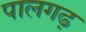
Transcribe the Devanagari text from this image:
पालगढ़